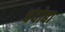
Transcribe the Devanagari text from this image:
चंदोबा